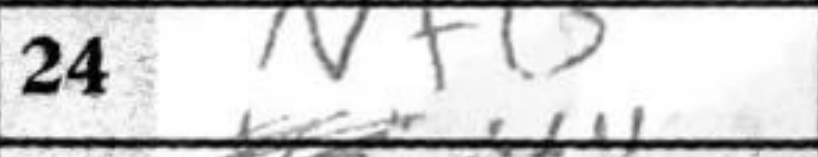
Transcription: Nf6